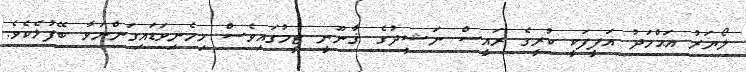
ލޯޔަރު އަޙްމަދު އަފީފަކީ ކުރީގެ ރައީސް ނަޝީދުގެ ޤާނޫނީ ޓީމުގައިވެސް ހިމެނިވަޑައިގަންނަވާ ބޭފުޅެކެވެ.